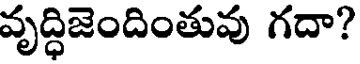
వృద్ధిజెందింతువు గదా?